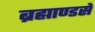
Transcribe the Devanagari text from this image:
ब्रह्माण्डसे